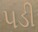
૫ડી